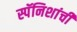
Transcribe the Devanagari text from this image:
स्पॅनिशांची